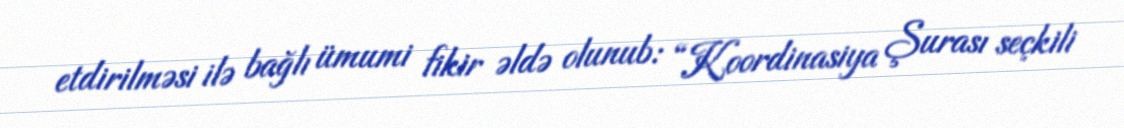
etdirilməsi ilə bağlı ümumi fikir əldə olunub: “Koordinasiya Şurası seçkili